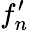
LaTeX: f_{n}^{\prime}